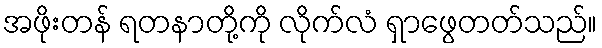
အဖိုးတန် ရတနာတို့ကို လိုက်လံ ရှာဖွေတတ်သည်။